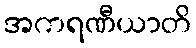
အကရဏီယာတိ